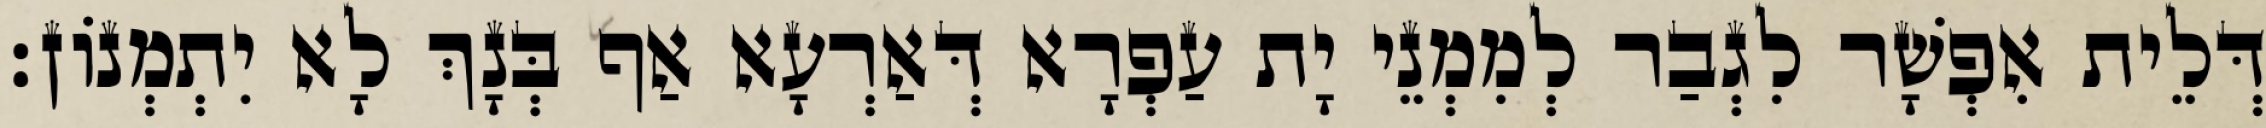
דְּלֵית אִפְשָׁר לִגְבַר לְמִמְנֵי יָת עַפְרָא דְּאַרְעָא אַף בְּנָךְ לָא יִתְמְנוֹן׃